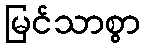
မြင်သာစွာ